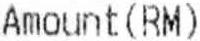
AMOUNT(RM)